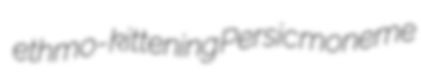
ethmo- kittening Persic moneme